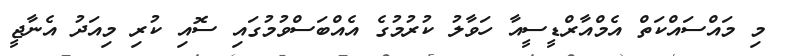
މި މައްސައްކަތް އެމްއާރްޑީސީއާ ހަވާލު ކުރުމުގެ އެއްބަސްވުމުގައި ސޮއި ކުރި މިއަދު އެނާޖީ